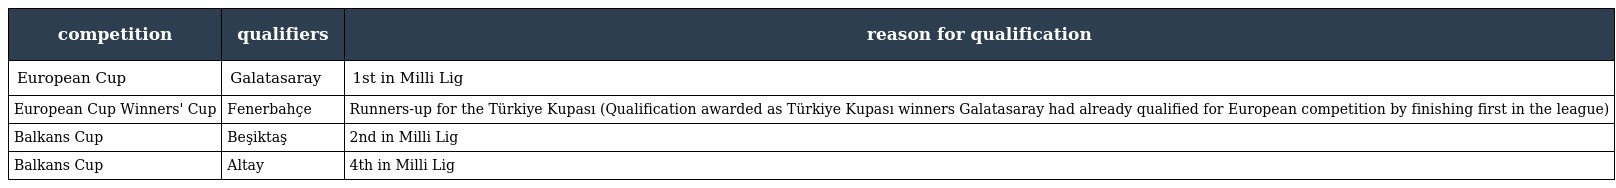
| competition | qualifiers | reason for qualification |
 | --- | --- | --- |
 | European Cup | Galatasaray | 1st in Milli Lig |
 | European Cup Winners' Cup | Fenerbahçe | Runners-up for the Türkiye Kupası (Qualification awarded as Türkiye Kupası winners Galatasaray had already qualified for European competition by finishing first in the league) |
 | Balkans Cup | Beşiktaş | 2nd in Milli Lig |
 | Balkans Cup | Altay | 4th in Milli Lig |